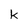
Character: k